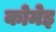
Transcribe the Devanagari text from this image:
कोमेइ